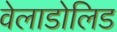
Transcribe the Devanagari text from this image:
वेलाडोलिड